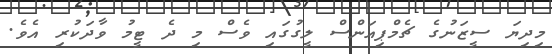
މިދިޔަ ސީޒަނުގެ ޗެމްޕިއަންސް ލީގުގައި ވެސް މި ދެ ޓީމު ވާދަކުރި އެވެ.